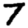
Digit: 7